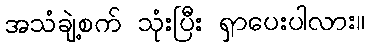
အသံချဲ့စက် သုံးပြီး ရှာပေးပါလား။